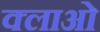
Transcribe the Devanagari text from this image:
क्लाओ